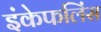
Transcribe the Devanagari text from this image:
इंकेफलिंस